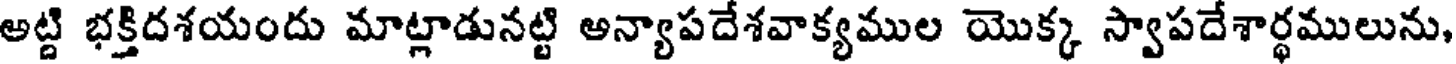
అట్టి భక్తిదశయందు మాట్లాడునట్టి అన్యాపదేశవాక్యముల యొక్క స్వాపదేశార్థములును,